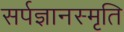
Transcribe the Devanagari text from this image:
सर्पज्ञानस्मृति